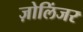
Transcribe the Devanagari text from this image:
ज़ोलिंजर